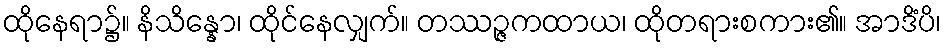
ထိုနေရာ၌။ နိသိန္နော၊ ထိုင်နေလျှက်။ တဿဉ္ဇကထာယ၊ ထိုတရားစကား၏။ အာဒိံပိ၊